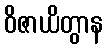
ဝိဇာယိတွာန